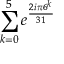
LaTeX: \sum _ { k = 0 } ^ { 5 } e ^ { \frac { 2 i \pi 6 ^ { k } } { 3 1 } }